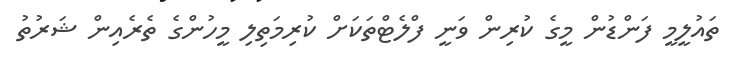
ތައުލީމީ ފަންޑުން މީގެ ކުރިން ވަނީ ފްލެޓްތަކަށް ކުރިމަތިލި މީހުންގެ ތެރެއިން ޝަރުތު